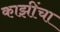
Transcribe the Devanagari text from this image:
काझींचा